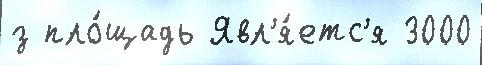
з пло́щадь Явл'я́етс'я 3000